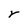
Character: r